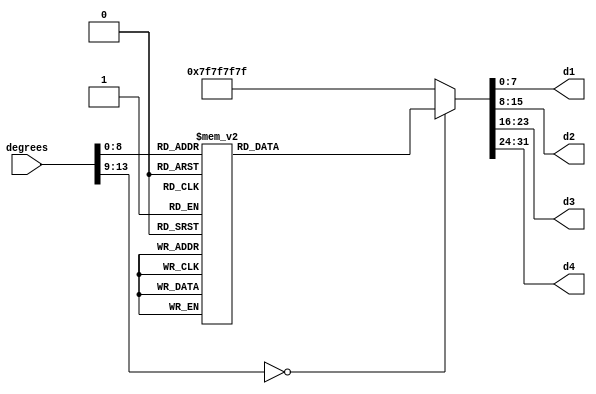
module cosine(degrees, d1, d2, d3, d4);  //   360 
	input [13:0] degrees;
	output reg [7:0] d1;
	output reg [7:0] d2;
	output reg [7:0] d3;
	output reg [7:0] d4;
	always @(degrees) begin
	case (degrees)
	   0: begin
    d1 = 8'b01001111;
    d2 = 8'b10000001;
    d3 = 8'b10000001;
    d4 = 8'b10000001;
    end
		1: begin
			 d1 = 8'b00000001;
			 d2 = 8'b10000100;
			 d3 = 8'b10000100;
			 d4 = 8'b10000100;
			 end
		2: begin
			 d1 = 8'b00000001;
			 d2 = 8'b10000100;
			 d3 = 8'b10000100;
			 d4 = 8'b10000100;
			 end
		3: begin
			 d1 = 8'b00000001;
			 d2 = 8'b10000100;
			 d3 = 8'b10000100;
			 d4 = 8'b10000100;
			 end
		4: begin
			 d1 = 8'b00000001;
			 d2 = 8'b10000100;
			 d3 = 8'b10000100;
			 d4 = 8'b10000000;
			 end
		5: begin
			 d1 = 8'b00000001;
			 d2 = 8'b10000100;
			 d3 = 8'b10000100;
			 d4 = 8'b10100000;
			 end
		6: begin
			 d1 = 8'b00000001;
			 d2 = 8'b10000100;
			 d3 = 8'b10000100;
			 d4 = 8'b10100100;
			 end
		7: begin
			 d1 = 8'b00000001;
			 d2 = 8'b10000100;
			 d3 = 8'b10000100;
			 d4 = 8'b10000110;
			 end
		8: begin
			 d1 = 8'b00000001;
			 d2 = 8'b10000100;
			 d3 = 8'b10000100;
			 d4 = 8'b10000001;
			 end
		9: begin
			 d1 = 8'b00000001;
			 d2 = 8'b10000100;
			 d3 = 8'b10000000;
			 d4 = 8'b10000000;
			 end
		10: begin
			 d1 = 8'b00000001;
			 d2 = 8'b10000100;
			 d3 = 8'b10000000;
			 d4 = 8'b10100100;
			 end
		11: begin
			 d1 = 8'b00000001;
			 d2 = 8'b10000100;
			 d3 = 8'b10000000;
			 d4 = 8'b10010010;
			 end
		12: begin
			 d1 = 8'b00000001;
			 d2 = 8'b10000100;
			 d3 = 8'b10001111;
			 d4 = 8'b10000000;
			 end
		13: begin
			 d1 = 8'b00000001;
			 d2 = 8'b10000100;
			 d3 = 8'b10001111;
			 d4 = 8'b11001100;
			 end
		14: begin
			 d1 = 8'b00000001;
			 d2 = 8'b10000100;
			 d3 = 8'b10001111;
			 d4 = 8'b10000001;
			 end
		15: begin
			 d1 = 8'b00000001;
			 d2 = 8'b10000100;
			 d3 = 8'b10100000;
			 d4 = 8'b10100000;
			 end
		16: begin
			 d1 = 8'b00000001;
			 d2 = 8'b10000100;
			 d3 = 8'b10100000;
			 d4 = 8'b11001111;
			 end
		17: begin
			 d1 = 8'b00000001;
			 d2 = 8'b10000100;
			 d3 = 8'b10100100;
			 d4 = 8'b10100000;
			 end
		18: begin
			 d1 = 8'b00000001;
			 d2 = 8'b10000100;
			 d3 = 8'b10100100;
			 d4 = 8'b11001111;
			 end
		19: begin
			 d1 = 8'b00000001;
			 d2 = 8'b10000100;
			 d3 = 8'b11001100;
			 d4 = 8'b10100000;
			 end
		20: begin
			 d1 = 8'b00000001;
			 d2 = 8'b10000100;
			 d3 = 8'b11001100;
			 d4 = 8'b10000001;
			 end
		21: begin
			 d1 = 8'b00000001;
			 d2 = 8'b10000100;
			 d3 = 8'b10000110;
			 d4 = 8'b11001100;
			 end
		22: begin
			 d1 = 8'b00000001;
			 d2 = 8'b10000100;
			 d3 = 8'b10010010;
			 d4 = 8'b10001111;
			 end
		23: begin
			 d1 = 8'b00000001;
			 d2 = 8'b10000100;
			 d3 = 8'b10010010;
			 d4 = 8'b11001111;
			 end
		24: begin
			 d1 = 8'b00000001;
			 d2 = 8'b10000100;
			 d3 = 8'b11001111;
			 d4 = 8'b11001100;
			 end
		25: begin
			 d1 = 8'b00000001;
			 d2 = 8'b10000100;
			 d3 = 8'b10000001;
			 d4 = 8'b10100000;
			 end
		26: begin
			 d1 = 8'b00000001;
			 d2 = 8'b10000000;
			 d3 = 8'b10000100;
			 d4 = 8'b10000100;
			 end
		27: begin
			 d1 = 8'b00000001;
			 d2 = 8'b10000000;
			 d3 = 8'b10000100;
			 d4 = 8'b11001111;
			 end
		28: begin
			 d1 = 8'b00000001;
			 d2 = 8'b10000000;
			 d3 = 8'b10000000;
			 d4 = 8'b10000110;
			 end
		29: begin
			 d1 = 8'b00000001;
			 d2 = 8'b10000000;
			 d3 = 8'b10001111;
			 d4 = 8'b10100100;
			 end
		30: begin
			 d1 = 8'b00000001;
			 d2 = 8'b10000000;
			 d3 = 8'b10100000;
			 d4 = 8'b10100000;
			 end
		31: begin
			 d1 = 8'b00000001;
			 d2 = 8'b10000000;
			 d3 = 8'b10100100;
			 d4 = 8'b10001111;
			 end
		32: begin
			 d1 = 8'b00000001;
			 d2 = 8'b10000000;
			 d3 = 8'b11001100;
			 d4 = 8'b10000000;
			 end
		33: begin
			 d1 = 8'b00000001;
			 d2 = 8'b10000000;
			 d3 = 8'b10000110;
			 d4 = 8'b10000100;
			 end
		34: begin
			 d1 = 8'b00000001;
			 d2 = 8'b10000000;
			 d3 = 8'b10010010;
			 d4 = 8'b10000100;
			 end
		35: begin
			 d1 = 8'b00000001;
			 d2 = 8'b10000000;
			 d3 = 8'b11001111;
			 d4 = 8'b10000100;
			 end
		36: begin
			 d1 = 8'b00000001;
			 d2 = 8'b10000000;
			 d3 = 8'b10000001;
			 d4 = 8'b10000100;
			 end
		37: begin
			 d1 = 8'b00000001;
			 d2 = 8'b10001111;
			 d3 = 8'b10000100;
			 d4 = 8'b10000100;
			 end
		38: begin
			 d1 = 8'b00000001;
			 d2 = 8'b10001111;
			 d3 = 8'b10000000;
			 d4 = 8'b10000000;
			 end
		39: begin
			 d1 = 8'b00000001;
			 d2 = 8'b10001111;
			 d3 = 8'b10001111;
			 d4 = 8'b10001111;
			 end
		40: begin
			 d1 = 8'b00000001;
			 d2 = 8'b10001111;
			 d3 = 8'b10100000;
			 d4 = 8'b10100000;
			 end
		41: begin
			 d1 = 8'b00000001;
			 d2 = 8'b10001111;
			 d3 = 8'b10100100;
			 d4 = 8'b10100100;
			 end
		42: begin
			 d1 = 8'b00000001;
			 d2 = 8'b10001111;
			 d3 = 8'b11001100;
			 d4 = 8'b10000110;
			 end
		43: begin
			 d1 = 8'b00000001;
			 d2 = 8'b10001111;
			 d3 = 8'b10000110;
			 d4 = 8'b11001111;
			 end
		44: begin
			 d1 = 8'b00000001;
			 d2 = 8'b10001111;
			 d3 = 8'b11001111;
			 d4 = 8'b10000100;
			 end
		45: begin
			 d1 = 8'b00000001;
			 d2 = 8'b10001111;
			 d3 = 8'b10000001;
			 d4 = 8'b10001111;
			 end
		46: begin
			 d1 = 8'b00000001;
			 d2 = 8'b10100000;
			 d3 = 8'b10000100;
			 d4 = 8'b10100100;
			 end
		47: begin
			 d1 = 8'b00000001;
			 d2 = 8'b10100000;
			 d3 = 8'b10000000;
			 d4 = 8'b10010010;
			 end
		48: begin
			 d1 = 8'b00000001;
			 d2 = 8'b10100000;
			 d3 = 8'b10100000;
			 d4 = 8'b10000100;
			 end
		49: begin
			 d1 = 8'b00000001;
			 d2 = 8'b10100000;
			 d3 = 8'b10100100;
			 d4 = 8'b10100000;
			 end
		50: begin
			 d1 = 8'b00000001;
			 d2 = 8'b10100000;
			 d3 = 8'b11001100;
			 d4 = 8'b10000110;
			 end
		51: begin
			 d1 = 8'b00000001;
			 d2 = 8'b10100000;
			 d3 = 8'b10010010;
			 d4 = 8'b10000100;
			 end
		52: begin
			 d1 = 8'b00000001;
			 d2 = 8'b10100000;
			 d3 = 8'b11001111;
			 d4 = 8'b10100000;
			 end
		53: begin
			 d1 = 8'b00000001;
			 d2 = 8'b10100000;
			 d3 = 8'b10000001;
			 d4 = 8'b10010010;
			 end
		54: begin
			 d1 = 8'b00000001;
			 d2 = 8'b10100100;
			 d3 = 8'b10000000;
			 d4 = 8'b10000000;
			 end
		55: begin
			 d1 = 8'b00000001;
			 d2 = 8'b10100100;
			 d3 = 8'b10001111;
			 d4 = 8'b11001100;
			 end
		56: begin
			 d1 = 8'b00000001;
			 d2 = 8'b10100100;
			 d3 = 8'b10100100;
			 d4 = 8'b10000100;
			 end
		57: begin
			 d1 = 8'b00000001;
			 d2 = 8'b10100100;
			 d3 = 8'b11001100;
			 d4 = 8'b10100100;
			 end
		58: begin
			 d1 = 8'b00000001;
			 d2 = 8'b10100100;
			 d3 = 8'b10000110;
			 d4 = 8'b10000001;
			 end
		59: begin
			 d1 = 8'b00000001;
			 d2 = 8'b10100100;
			 d3 = 8'b11001111;
			 d4 = 8'b10100100;
			 end
		60: begin
			 d1 = 8'b00000001;
			 d2 = 8'b10100100;
			 d3 = 8'b10000001;
			 d4 = 8'b10000001;
			 end
		61: begin
			 d1 = 8'b00000001;
			 d2 = 8'b11001100;
			 d3 = 8'b10000000;
			 d4 = 8'b10100100;
			 end
		62: begin
			 d1 = 8'b00000001;
			 d2 = 8'b11001100;
			 d3 = 8'b10100000;
			 d4 = 8'b10000100;
			 end
		63: begin
			 d1 = 8'b00000001;
			 d2 = 8'b11001100;
			 d3 = 8'b10100100;
			 d4 = 8'b11001100;
			 end
		64: begin
			 d1 = 8'b00000001;
			 d2 = 8'b11001100;
			 d3 = 8'b10000110;
			 d4 = 8'b10000000;
			 end
		65: begin
			 d1 = 8'b00000001;
			 d2 = 8'b11001100;
			 d3 = 8'b10010010;
			 d4 = 8'b10000110;
			 end
		66: begin
			 d1 = 8'b00000001;
			 d2 = 8'b11001100;
			 d3 = 8'b10000001;
			 d4 = 8'b10001111;
			 end
		67: begin
			 d1 = 8'b00000001;
			 d2 = 8'b10000110;
			 d3 = 8'b10000100;
			 d4 = 8'b11001111;
			 end
		68: begin
			 d1 = 8'b00000001;
			 d2 = 8'b10000110;
			 d3 = 8'b10001111;
			 d4 = 8'b10100100;
			 end
		69: begin
			 d1 = 8'b00000001;
			 d2 = 8'b10000110;
			 d3 = 8'b10100100;
			 d4 = 8'b10000000;
			 end
		70: begin
			 d1 = 8'b00000001;
			 d2 = 8'b10000110;
			 d3 = 8'b11001100;
			 d4 = 8'b10010010;
			 end
		71: begin
			 d1 = 8'b00000001;
			 d2 = 8'b10000110;
			 d3 = 8'b10010010;
			 d4 = 8'b10100000;
			 end
		72: begin
			 d1 = 8'b00000001;
			 d2 = 8'b10000110;
			 d3 = 8'b10000001;
			 d4 = 8'b10000100;
			 end
		73: begin
			 d1 = 8'b00000001;
			 d2 = 8'b10010010;
			 d3 = 8'b10000100;
			 d4 = 8'b10010010;
			 end
		74: begin
			 d1 = 8'b00000001;
			 d2 = 8'b10010010;
			 d3 = 8'b10001111;
			 d4 = 8'b10100000;
			 end
		75: begin
			 d1 = 8'b00000001;
			 d2 = 8'b10010010;
			 d3 = 8'b10100100;
			 d4 = 8'b10000100;
			 end
		76: begin
			 d1 = 8'b00000001;
			 d2 = 8'b10010010;
			 d3 = 8'b11001100;
			 d4 = 8'b10010010;
			 end
		77: begin
			 d1 = 8'b00000001;
			 d2 = 8'b10010010;
			 d3 = 8'b10010010;
			 d4 = 8'b10100100;
			 end
		78: begin
			 d1 = 8'b00000001;
			 d2 = 8'b10010010;
			 d3 = 8'b10000001;
			 d4 = 8'b10000000;
			 end
		79: begin
			 d1 = 8'b00000001;
			 d2 = 8'b11001111;
			 d3 = 8'b10000100;
			 d4 = 8'b11001111;
			 end
		80: begin
			 d1 = 8'b00000001;
			 d2 = 8'b11001111;
			 d3 = 8'b10001111;
			 d4 = 8'b11001100;
			 end
		81: begin
			 d1 = 8'b00000001;
			 d2 = 8'b11001111;
			 d3 = 8'b10100100;
			 d4 = 8'b10100000;
			 end
		82: begin
			 d1 = 8'b00000001;
			 d2 = 8'b11001111;
			 d3 = 8'b10000110;
			 d4 = 8'b10000100;
			 end
		83: begin
			 d1 = 8'b00000001;
			 d2 = 8'b11001111;
			 d3 = 8'b10010010;
			 d4 = 8'b10010010;
			 end
		84: begin
			 d1 = 8'b00000001;
			 d2 = 8'b11001111;
			 d3 = 8'b10000001;
			 d4 = 8'b10100100;
			 end
		85: begin
			 d1 = 8'b00000001;
			 d2 = 8'b10000001;
			 d3 = 8'b10000000;
			 d4 = 8'b10001111;
			 end
		86: begin
			 d1 = 8'b00000001;
			 d2 = 8'b10000001;
			 d3 = 8'b10001111;
			 d4 = 8'b10000001;
			 end
		87: begin
			 d1 = 8'b00000001;
			 d2 = 8'b10000001;
			 d3 = 8'b10100100;
			 d4 = 8'b10010010;
			 end
		88: begin
			 d1 = 8'b00000001;
			 d2 = 8'b10000001;
			 d3 = 8'b10000110;
			 d4 = 8'b10100100;
			 end
		89: begin
			 d1 = 8'b00000001;
			 d2 = 8'b10000001;
			 d3 = 8'b11001111;
			 d4 = 8'b10001111;
			 end
		90: begin
			 d1 = 8'b00000001;
			 d2 = 8'b10000001;
			 d3 = 8'b10000001;
			 d4 = 8'b10000001;
			 end
		91: begin
			 d1 = 8'b01111110;
			 d2 = 8'b10000001;
			 d3 = 8'b11001111;
			 d4 = 8'b10001111;
			 end
		92: begin
			 d1 = 8'b01111110;
			 d2 = 8'b10000001;
			 d3 = 8'b10000110;
			 d4 = 8'b10100100;
			 end
		93: begin
			 d1 = 8'b01111110;
			 d2 = 8'b10000001;
			 d3 = 8'b10100100;
			 d4 = 8'b10010010;
			 end
		94: begin
			 d1 = 8'b01111110;
			 d2 = 8'b10000001;
			 d3 = 8'b10001111;
			 d4 = 8'b10000001;
			 end
		95: begin
			 d1 = 8'b01111110;
			 d2 = 8'b10000001;
			 d3 = 8'b10000000;
			 d4 = 8'b10001111;
			 end
		96: begin
			 d1 = 8'b01111110;
			 d2 = 8'b11001111;
			 d3 = 8'b10000001;
			 d4 = 8'b10100100;
			 end
		97: begin
			 d1 = 8'b01111110;
			 d2 = 8'b11001111;
			 d3 = 8'b10010010;
			 d4 = 8'b10010010;
			 end
		98: begin
			 d1 = 8'b01111110;
			 d2 = 8'b11001111;
			 d3 = 8'b10000110;
			 d4 = 8'b10000100;
			 end
		99: begin
			 d1 = 8'b01111110;
			 d2 = 8'b11001111;
			 d3 = 8'b10100100;
			 d4 = 8'b10100000;
			 end
		100: begin
			 d1 = 8'b01111110;
			 d2 = 8'b11001111;
			 d3 = 8'b10001111;
			 d4 = 8'b11001100;
			 end
		101: begin
			 d1 = 8'b01111110;
			 d2 = 8'b11001111;
			 d3 = 8'b10000100;
			 d4 = 8'b11001111;
			 end
		102: begin
			 d1 = 8'b01111110;
			 d2 = 8'b10010010;
			 d3 = 8'b10000001;
			 d4 = 8'b10000000;
			 end
		103: begin
			 d1 = 8'b01111110;
			 d2 = 8'b10010010;
			 d3 = 8'b10010010;
			 d4 = 8'b10100100;
			 end
		104: begin
			 d1 = 8'b01111110;
			 d2 = 8'b10010010;
			 d3 = 8'b11001100;
			 d4 = 8'b10010010;
			 end
		105: begin
			 d1 = 8'b01111110;
			 d2 = 8'b10010010;
			 d3 = 8'b10100100;
			 d4 = 8'b10000100;
			 end
		106: begin
			 d1 = 8'b01111110;
			 d2 = 8'b10010010;
			 d3 = 8'b10001111;
			 d4 = 8'b10100000;
			 end
		107: begin
			 d1 = 8'b01111110;
			 d2 = 8'b10010010;
			 d3 = 8'b10000100;
			 d4 = 8'b10010010;
			 end
		108: begin
			 d1 = 8'b01111110;
			 d2 = 8'b10000110;
			 d3 = 8'b10000001;
			 d4 = 8'b10000100;
			 end
		109: begin
			 d1 = 8'b01111110;
			 d2 = 8'b10000110;
			 d3 = 8'b10010010;
			 d4 = 8'b10100000;
			 end
		110: begin
			 d1 = 8'b01111110;
			 d2 = 8'b10000110;
			 d3 = 8'b11001100;
			 d4 = 8'b10010010;
			 end
		111: begin
			 d1 = 8'b01111110;
			 d2 = 8'b10000110;
			 d3 = 8'b10100100;
			 d4 = 8'b10000000;
			 end
		112: begin
			 d1 = 8'b01111110;
			 d2 = 8'b10000110;
			 d3 = 8'b10001111;
			 d4 = 8'b10100100;
			 end
		113: begin
			 d1 = 8'b01111110;
			 d2 = 8'b10000110;
			 d3 = 8'b10000100;
			 d4 = 8'b11001111;
			 end
		114: begin
			 d1 = 8'b01111110;
			 d2 = 8'b11001100;
			 d3 = 8'b10000001;
			 d4 = 8'b10001111;
			 end
		115: begin
			 d1 = 8'b01111110;
			 d2 = 8'b11001100;
			 d3 = 8'b10010010;
			 d4 = 8'b10000110;
			 end
		116: begin
			 d1 = 8'b01111110;
			 d2 = 8'b11001100;
			 d3 = 8'b10000110;
			 d4 = 8'b10000000;
			 end
		117: begin
			 d1 = 8'b01111110;
			 d2 = 8'b11001100;
			 d3 = 8'b10100100;
			 d4 = 8'b11001100;
			 end
		118: begin
			 d1 = 8'b01111110;
			 d2 = 8'b11001100;
			 d3 = 8'b10100000;
			 d4 = 8'b10000100;
			 end
		119: begin
			 d1 = 8'b01111110;
			 d2 = 8'b11001100;
			 d3 = 8'b10000000;
			 d4 = 8'b10100100;
			 end
		120: begin
			 d1 = 8'b01111110;
			 d2 = 8'b10100100;
			 d3 = 8'b10000001;
			 d4 = 8'b10000001;
			 end
		121: begin
			 d1 = 8'b01111110;
			 d2 = 8'b10100100;
			 d3 = 8'b11001111;
			 d4 = 8'b10100100;
			 end
		122: begin
			 d1 = 8'b01111110;
			 d2 = 8'b10100100;
			 d3 = 8'b10000110;
			 d4 = 8'b10000001;
			 end
		123: begin
			 d1 = 8'b01111110;
			 d2 = 8'b10100100;
			 d3 = 8'b11001100;
			 d4 = 8'b10100100;
			 end
		124: begin
			 d1 = 8'b01111110;
			 d2 = 8'b10100100;
			 d3 = 8'b10100100;
			 d4 = 8'b10000100;
			 end
		125: begin
			 d1 = 8'b01111110;
			 d2 = 8'b10100100;
			 d3 = 8'b10001111;
			 d4 = 8'b11001100;
			 end
		126: begin
			 d1 = 8'b01111110;
			 d2 = 8'b10100100;
			 d3 = 8'b10000000;
			 d4 = 8'b10000000;
			 end
		127: begin
			 d1 = 8'b01111110;
			 d2 = 8'b10100000;
			 d3 = 8'b10000001;
			 d4 = 8'b10010010;
			 end
		128: begin
			 d1 = 8'b01111110;
			 d2 = 8'b10100000;
			 d3 = 8'b11001111;
			 d4 = 8'b10100000;
			 end
		129: begin
			 d1 = 8'b01111110;
			 d2 = 8'b10100000;
			 d3 = 8'b10010010;
			 d4 = 8'b10000100;
			 end
		130: begin
			 d1 = 8'b01111110;
			 d2 = 8'b10100000;
			 d3 = 8'b11001100;
			 d4 = 8'b10000110;
			 end
		131: begin
			 d1 = 8'b01111110;
			 d2 = 8'b10100000;
			 d3 = 8'b10100100;
			 d4 = 8'b10100000;
			 end
		132: begin
			 d1 = 8'b01111110;
			 d2 = 8'b10100000;
			 d3 = 8'b10100000;
			 d4 = 8'b10000100;
			 end
		133: begin
			 d1 = 8'b01111110;
			 d2 = 8'b10100000;
			 d3 = 8'b10000000;
			 d4 = 8'b10010010;
			 end
		134: begin
			 d1 = 8'b01111110;
			 d2 = 8'b10100000;
			 d3 = 8'b10000100;
			 d4 = 8'b10100100;
			 end
		135: begin
			 d1 = 8'b01111110;
			 d2 = 8'b10001111;
			 d3 = 8'b10000001;
			 d4 = 8'b10001111;
			 end
		136: begin
			 d1 = 8'b01111110;
			 d2 = 8'b10001111;
			 d3 = 8'b11001111;
			 d4 = 8'b10000100;
			 end
		137: begin
			 d1 = 8'b01111110;
			 d2 = 8'b10001111;
			 d3 = 8'b10000110;
			 d4 = 8'b11001111;
			 end
		138: begin
			 d1 = 8'b01111110;
			 d2 = 8'b10001111;
			 d3 = 8'b11001100;
			 d4 = 8'b10000110;
			 end
		139: begin
			 d1 = 8'b01111110;
			 d2 = 8'b10001111;
			 d3 = 8'b10100100;
			 d4 = 8'b10100100;
			 end
		140: begin
			 d1 = 8'b01111110;
			 d2 = 8'b10001111;
			 d3 = 8'b10100000;
			 d4 = 8'b10100000;
			 end
		141: begin
			 d1 = 8'b01111110;
			 d2 = 8'b10001111;
			 d3 = 8'b10001111;
			 d4 = 8'b10001111;
			 end
		142: begin
			 d1 = 8'b01111110;
			 d2 = 8'b10001111;
			 d3 = 8'b10000000;
			 d4 = 8'b10000000;
			 end
		143: begin
			 d1 = 8'b01111110;
			 d2 = 8'b10001111;
			 d3 = 8'b10000100;
			 d4 = 8'b10000100;
			 end
		144: begin
			 d1 = 8'b01111110;
			 d2 = 8'b10000000;
			 d3 = 8'b10000001;
			 d4 = 8'b10000100;
			 end
		145: begin
			 d1 = 8'b01111110;
			 d2 = 8'b10000000;
			 d3 = 8'b11001111;
			 d4 = 8'b10000100;
			 end
		146: begin
			 d1 = 8'b01111110;
			 d2 = 8'b10000000;
			 d3 = 8'b10010010;
			 d4 = 8'b10000100;
			 end
		147: begin
			 d1 = 8'b01111110;
			 d2 = 8'b10000000;
			 d3 = 8'b10000110;
			 d4 = 8'b10000100;
			 end
		148: begin
			 d1 = 8'b01111110;
			 d2 = 8'b10000000;
			 d3 = 8'b11001100;
			 d4 = 8'b10000000;
			 end
		149: begin
			 d1 = 8'b01111110;
			 d2 = 8'b10000000;
			 d3 = 8'b10100100;
			 d4 = 8'b10001111;
			 end
		150: begin
			 d1 = 8'b01111110;
			 d2 = 8'b10000000;
			 d3 = 8'b10100000;
			 d4 = 8'b10100000;
			 end
		151: begin
			 d1 = 8'b01111110;
			 d2 = 8'b10000000;
			 d3 = 8'b10001111;
			 d4 = 8'b10100100;
			 end
		152: begin
			 d1 = 8'b01111110;
			 d2 = 8'b10000000;
			 d3 = 8'b10000000;
			 d4 = 8'b10000110;
			 end
		153: begin
			 d1 = 8'b01111110;
			 d2 = 8'b10000000;
			 d3 = 8'b10000100;
			 d4 = 8'b11001111;
			 end
		154: begin
			 d1 = 8'b01111110;
			 d2 = 8'b10000000;
			 d3 = 8'b10000100;
			 d4 = 8'b10000100;
			 end
		155: begin
			 d1 = 8'b01111110;
			 d2 = 8'b10000100;
			 d3 = 8'b10000001;
			 d4 = 8'b10100000;
			 end
		156: begin
			 d1 = 8'b01111110;
			 d2 = 8'b10000100;
			 d3 = 8'b11001111;
			 d4 = 8'b11001100;
			 end
		157: begin
			 d1 = 8'b01111110;
			 d2 = 8'b10000100;
			 d3 = 8'b10010010;
			 d4 = 8'b11001111;
			 end
		158: begin
			 d1 = 8'b01111110;
			 d2 = 8'b10000100;
			 d3 = 8'b10010010;
			 d4 = 8'b10001111;
			 end
		159: begin
			 d1 = 8'b01111110;
			 d2 = 8'b10000100;
			 d3 = 8'b10000110;
			 d4 = 8'b11001100;
			 end
		160: begin
			 d1 = 8'b01111110;
			 d2 = 8'b10000100;
			 d3 = 8'b11001100;
			 d4 = 8'b10000001;
			 end
		161: begin
			 d1 = 8'b01111110;
			 d2 = 8'b10000100;
			 d3 = 8'b11001100;
			 d4 = 8'b10100000;
			 end
		162: begin
			 d1 = 8'b01111110;
			 d2 = 8'b10000100;
			 d3 = 8'b10100100;
			 d4 = 8'b11001111;
			 end
		163: begin
			 d1 = 8'b01111110;
			 d2 = 8'b10000100;
			 d3 = 8'b10100100;
			 d4 = 8'b10100000;
			 end
		164: begin
			 d1 = 8'b01111110;
			 d2 = 8'b10000100;
			 d3 = 8'b10100000;
			 d4 = 8'b11001111;
			 end
		165: begin
			 d1 = 8'b01111110;
			 d2 = 8'b10000100;
			 d3 = 8'b10100000;
			 d4 = 8'b10100000;
			 end
		166: begin
			 d1 = 8'b01111110;
			 d2 = 8'b10000100;
			 d3 = 8'b10001111;
			 d4 = 8'b10000001;
			 end
		167: begin
			 d1 = 8'b01111110;
			 d2 = 8'b10000100;
			 d3 = 8'b10001111;
			 d4 = 8'b11001100;
			 end
		168: begin
			 d1 = 8'b01111110;
			 d2 = 8'b10000100;
			 d3 = 8'b10001111;
			 d4 = 8'b10000000;
			 end
		169: begin
			 d1 = 8'b01111110;
			 d2 = 8'b10000100;
			 d3 = 8'b10000000;
			 d4 = 8'b10010010;
			 end
		170: begin
			 d1 = 8'b01111110;
			 d2 = 8'b10000100;
			 d3 = 8'b10000000;
			 d4 = 8'b10100100;
			 end
		171: begin
			 d1 = 8'b01111110;
			 d2 = 8'b10000100;
			 d3 = 8'b10000000;
			 d4 = 8'b10000000;
			 end
		172: begin
			 d1 = 8'b01111110;
			 d2 = 8'b10000100;
			 d3 = 8'b10000100;
			 d4 = 8'b10000001;
			 end
		173: begin
			 d1 = 8'b01111110;
			 d2 = 8'b10000100;
			 d3 = 8'b10000100;
			 d4 = 8'b10000110;
			 end
		174: begin
			 d1 = 8'b01111110;
			 d2 = 8'b10000100;
			 d3 = 8'b10000100;
			 d4 = 8'b10100100;
			 end
		175: begin
			 d1 = 8'b01111110;
			 d2 = 8'b10000100;
			 d3 = 8'b10000100;
			 d4 = 8'b10100000;
			 end
		176: begin
			 d1 = 8'b01111110;
			 d2 = 8'b10000100;
			 d3 = 8'b10000100;
			 d4 = 8'b10000000;
			 end
		177: begin
			 d1 = 8'b01111110;
			 d2 = 8'b10000100;
			 d3 = 8'b10000100;
			 d4 = 8'b10000100;
			 end
		178: begin
			 d1 = 8'b01111110;
			 d2 = 8'b10000100;
			 d3 = 8'b10000100;
			 d4 = 8'b10000100;
			 end
		179: begin
			 d1 = 8'b01111110;
			 d2 = 8'b10000100;
			 d3 = 8'b10000100;
			 d4 = 8'b10000100;
			 end
		180: begin
			 d1 = 8'b01001110;
			 d2 = 8'b10000001;
			 d3 = 8'b10000001;
			 d4 = 8'b10000001;
			 end
		181: begin
			 d1 = 8'b01111110;
			 d2 = 8'b10000100;
			 d3 = 8'b10000100;
			 d4 = 8'b10000100;
			 end
		182: begin
			 d1 = 8'b01111110;
			 d2 = 8'b10000100;
			 d3 = 8'b10000100;
			 d4 = 8'b10000100;
			 end
		183: begin
			 d1 = 8'b01111110;
			 d2 = 8'b10000100;
			 d3 = 8'b10000100;
			 d4 = 8'b10000100;
			 end
		184: begin
			 d1 = 8'b01111110;
			 d2 = 8'b10000100;
			 d3 = 8'b10000100;
			 d4 = 8'b10000000;
			 end
		185: begin
			 d1 = 8'b01111110;
			 d2 = 8'b10000100;
			 d3 = 8'b10000100;
			 d4 = 8'b10100000;
			 end
		186: begin
			 d1 = 8'b01111110;
			 d2 = 8'b10000100;
			 d3 = 8'b10000100;
			 d4 = 8'b10100100;
			 end
		187: begin
			 d1 = 8'b01111110;
			 d2 = 8'b10000100;
			 d3 = 8'b10000100;
			 d4 = 8'b10000110;
			 end
		188: begin
			 d1 = 8'b01111110;
			 d2 = 8'b10000100;
			 d3 = 8'b10000100;
			 d4 = 8'b10000001;
			 end
		189: begin
			 d1 = 8'b01111110;
			 d2 = 8'b10000100;
			 d3 = 8'b10000000;
			 d4 = 8'b10000000;
			 end
		190: begin
			 d1 = 8'b01111110;
			 d2 = 8'b10000100;
			 d3 = 8'b10000000;
			 d4 = 8'b10100100;
			 end
		191: begin
			 d1 = 8'b01111110;
			 d2 = 8'b10000100;
			 d3 = 8'b10000000;
			 d4 = 8'b10010010;
			 end
		192: begin
			 d1 = 8'b01111110;
			 d2 = 8'b10000100;
			 d3 = 8'b10001111;
			 d4 = 8'b10000000;
			 end
		193: begin
			 d1 = 8'b01111110;
			 d2 = 8'b10000100;
			 d3 = 8'b10001111;
			 d4 = 8'b11001100;
			 end
		194: begin
			 d1 = 8'b01111110;
			 d2 = 8'b10000100;
			 d3 = 8'b10001111;
			 d4 = 8'b10000001;
			 end
		195: begin
			 d1 = 8'b01111110;
			 d2 = 8'b10000100;
			 d3 = 8'b10100000;
			 d4 = 8'b10100000;
			 end
		196: begin
			 d1 = 8'b01111110;
			 d2 = 8'b10000100;
			 d3 = 8'b10100000;
			 d4 = 8'b11001111;
			 end
		197: begin
			 d1 = 8'b01111110;
			 d2 = 8'b10000100;
			 d3 = 8'b10100100;
			 d4 = 8'b10100000;
			 end
		198: begin
			 d1 = 8'b01111110;
			 d2 = 8'b10000100;
			 d3 = 8'b10100100;
			 d4 = 8'b11001111;
			 end
		199: begin
			 d1 = 8'b01111110;
			 d2 = 8'b10000100;
			 d3 = 8'b11001100;
			 d4 = 8'b10100000;
			 end
		200: begin
			 d1 = 8'b01111110;
			 d2 = 8'b10000100;
			 d3 = 8'b11001100;
			 d4 = 8'b10000001;
			 end
		201: begin
			 d1 = 8'b01111110;
			 d2 = 8'b10000100;
			 d3 = 8'b10000110;
			 d4 = 8'b11001100;
			 end
		202: begin
			 d1 = 8'b01111110;
			 d2 = 8'b10000100;
			 d3 = 8'b10010010;
			 d4 = 8'b10001111;
			 end
		203: begin
			 d1 = 8'b01111110;
			 d2 = 8'b10000100;
			 d3 = 8'b10010010;
			 d4 = 8'b11001111;
			 end
		204: begin
			 d1 = 8'b01111110;
			 d2 = 8'b10000100;
			 d3 = 8'b11001111;
			 d4 = 8'b11001100;
			 end
		205: begin
			 d1 = 8'b01111110;
			 d2 = 8'b10000100;
			 d3 = 8'b10000001;
			 d4 = 8'b10100000;
			 end
		206: begin
			 d1 = 8'b01111110;
			 d2 = 8'b10000000;
			 d3 = 8'b10000100;
			 d4 = 8'b10000100;
			 end
		207: begin
			 d1 = 8'b01111110;
			 d2 = 8'b10000000;
			 d3 = 8'b10000100;
			 d4 = 8'b11001111;
			 end
		208: begin
			 d1 = 8'b01111110;
			 d2 = 8'b10000000;
			 d3 = 8'b10000000;
			 d4 = 8'b10000110;
			 end
		209: begin
			 d1 = 8'b01111110;
			 d2 = 8'b10000000;
			 d3 = 8'b10001111;
			 d4 = 8'b10100100;
			 end
		210: begin
			 d1 = 8'b01111110;
			 d2 = 8'b10000000;
			 d3 = 8'b10100000;
			 d4 = 8'b10100000;
			 end
		211: begin
			 d1 = 8'b01111110;
			 d2 = 8'b10000000;
			 d3 = 8'b10100100;
			 d4 = 8'b10001111;
			 end
		212: begin
			 d1 = 8'b01111110;
			 d2 = 8'b10000000;
			 d3 = 8'b11001100;
			 d4 = 8'b10000000;
			 end
		213: begin
			 d1 = 8'b01111110;
			 d2 = 8'b10000000;
			 d3 = 8'b10000110;
			 d4 = 8'b10000100;
			 end
		214: begin
			 d1 = 8'b01111110;
			 d2 = 8'b10000000;
			 d3 = 8'b10010010;
			 d4 = 8'b10000100;
			 end
		215: begin
			 d1 = 8'b01111110;
			 d2 = 8'b10000000;
			 d3 = 8'b11001111;
			 d4 = 8'b10000100;
			 end
		216: begin
			 d1 = 8'b01111110;
			 d2 = 8'b10000000;
			 d3 = 8'b10000001;
			 d4 = 8'b10000100;
			 end
		217: begin
			 d1 = 8'b01111110;
			 d2 = 8'b10001111;
			 d3 = 8'b10000100;
			 d4 = 8'b10000100;
			 end
		218: begin
			 d1 = 8'b01111110;
			 d2 = 8'b10001111;
			 d3 = 8'b10000000;
			 d4 = 8'b10000000;
			 end
		219: begin
			 d1 = 8'b01111110;
			 d2 = 8'b10001111;
			 d3 = 8'b10001111;
			 d4 = 8'b10001111;
			 end
		220: begin
			 d1 = 8'b01111110;
			 d2 = 8'b10001111;
			 d3 = 8'b10100000;
			 d4 = 8'b10100000;
			 end
		221: begin
			 d1 = 8'b01111110;
			 d2 = 8'b10001111;
			 d3 = 8'b10100100;
			 d4 = 8'b10100100;
			 end
		222: begin
			 d1 = 8'b01111110;
			 d2 = 8'b10001111;
			 d3 = 8'b11001100;
			 d4 = 8'b10000110;
			 end
		223: begin
			 d1 = 8'b01111110;
			 d2 = 8'b10001111;
			 d3 = 8'b10000110;
			 d4 = 8'b11001111;
			 end
		224: begin
			 d1 = 8'b01111110;
			 d2 = 8'b10001111;
			 d3 = 8'b11001111;
			 d4 = 8'b10000100;
			 end
		225: begin
			 d1 = 8'b01111110;
			 d2 = 8'b10001111;
			 d3 = 8'b10000001;
			 d4 = 8'b10001111;
			 end
		226: begin
			 d1 = 8'b01111110;
			 d2 = 8'b10100000;
			 d3 = 8'b10000100;
			 d4 = 8'b10100100;
			 end
		227: begin
			 d1 = 8'b01111110;
			 d2 = 8'b10100000;
			 d3 = 8'b10000000;
			 d4 = 8'b10010010;
			 end
		228: begin
			 d1 = 8'b01111110;
			 d2 = 8'b10100000;
			 d3 = 8'b10100000;
			 d4 = 8'b10000100;
			 end
		229: begin
			 d1 = 8'b01111110;
			 d2 = 8'b10100000;
			 d3 = 8'b10100100;
			 d4 = 8'b10100000;
			 end
		230: begin
			 d1 = 8'b01111110;
			 d2 = 8'b10100000;
			 d3 = 8'b11001100;
			 d4 = 8'b10000110;
			 end
		231: begin
			 d1 = 8'b01111110;
			 d2 = 8'b10100000;
			 d3 = 8'b10010010;
			 d4 = 8'b10000100;
			 end
		232: begin
			 d1 = 8'b01111110;
			 d2 = 8'b10100000;
			 d3 = 8'b11001111;
			 d4 = 8'b10100000;
			 end
		233: begin
			 d1 = 8'b01111110;
			 d2 = 8'b10100000;
			 d3 = 8'b10000001;
			 d4 = 8'b10010010;
			 end
		234: begin
			 d1 = 8'b01111110;
			 d2 = 8'b10100100;
			 d3 = 8'b10000000;
			 d4 = 8'b10000000;
			 end
		235: begin
			 d1 = 8'b01111110;
			 d2 = 8'b10100100;
			 d3 = 8'b10001111;
			 d4 = 8'b11001100;
			 end
		236: begin
			 d1 = 8'b01111110;
			 d2 = 8'b10100100;
			 d3 = 8'b10100100;
			 d4 = 8'b10000100;
			 end
		237: begin
			 d1 = 8'b01111110;
			 d2 = 8'b10100100;
			 d3 = 8'b11001100;
			 d4 = 8'b10100100;
			 end
		238: begin
			 d1 = 8'b01111110;
			 d2 = 8'b10100100;
			 d3 = 8'b10000110;
			 d4 = 8'b10000001;
			 end
		239: begin
			 d1 = 8'b01111110;
			 d2 = 8'b10100100;
			 d3 = 8'b11001111;
			 d4 = 8'b10100100;
			 end
		240: begin
			 d1 = 8'b01111110;
			 d2 = 8'b10100100;
			 d3 = 8'b10000001;
			 d4 = 8'b10000001;
			 end
		241: begin
			 d1 = 8'b01111110;
			 d2 = 8'b11001100;
			 d3 = 8'b10000000;
			 d4 = 8'b10100100;
			 end
		242: begin
			 d1 = 8'b01111110;
			 d2 = 8'b11001100;
			 d3 = 8'b10100000;
			 d4 = 8'b10000100;
			 end
		243: begin
			 d1 = 8'b01111110;
			 d2 = 8'b11001100;
			 d3 = 8'b10100100;
			 d4 = 8'b11001100;
			 end
		244: begin
			 d1 = 8'b01111110;
			 d2 = 8'b11001100;
			 d3 = 8'b10000110;
			 d4 = 8'b10000000;
			 end
		245: begin
			 d1 = 8'b01111110;
			 d2 = 8'b11001100;
			 d3 = 8'b10010010;
			 d4 = 8'b10000110;
			 end
		246: begin
			 d1 = 8'b01111110;
			 d2 = 8'b11001100;
			 d3 = 8'b10000001;
			 d4 = 8'b10001111;
			 end
		247: begin
			 d1 = 8'b01111110;
			 d2 = 8'b10000110;
			 d3 = 8'b10000100;
			 d4 = 8'b11001111;
			 end
		248: begin
			 d1 = 8'b01111110;
			 d2 = 8'b10000110;
			 d3 = 8'b10001111;
			 d4 = 8'b10100100;
			 end
		249: begin
			 d1 = 8'b01111110;
			 d2 = 8'b10000110;
			 d3 = 8'b10100100;
			 d4 = 8'b10000000;
			 end
		250: begin
			 d1 = 8'b01111110;
			 d2 = 8'b10000110;
			 d3 = 8'b11001100;
			 d4 = 8'b10010010;
			 end
		251: begin
			 d1 = 8'b01111110;
			 d2 = 8'b10000110;
			 d3 = 8'b10010010;
			 d4 = 8'b10100000;
			 end
		252: begin
			 d1 = 8'b01111110;
			 d2 = 8'b10000110;
			 d3 = 8'b10000001;
			 d4 = 8'b10000100;
			 end
		253: begin
			 d1 = 8'b01111110;
			 d2 = 8'b10010010;
			 d3 = 8'b10000100;
			 d4 = 8'b10010010;
			 end
		254: begin
			 d1 = 8'b01111110;
			 d2 = 8'b10010010;
			 d3 = 8'b10001111;
			 d4 = 8'b10100000;
			 end
		255: begin
			 d1 = 8'b01111110;
			 d2 = 8'b10010010;
			 d3 = 8'b10100100;
			 d4 = 8'b10000100;
			 end
		256: begin
			 d1 = 8'b01111110;
			 d2 = 8'b10010010;
			 d3 = 8'b11001100;
			 d4 = 8'b10010010;
			 end
		257: begin
			 d1 = 8'b01111110;
			 d2 = 8'b10010010;
			 d3 = 8'b10010010;
			 d4 = 8'b10100100;
			 end
		258: begin
			 d1 = 8'b01111110;
			 d2 = 8'b10010010;
			 d3 = 8'b10000001;
			 d4 = 8'b10000000;
			 end
		259: begin
			 d1 = 8'b01111110;
			 d2 = 8'b11001111;
			 d3 = 8'b10000100;
			 d4 = 8'b11001111;
			 end
		260: begin
			 d1 = 8'b01111110;
			 d2 = 8'b11001111;
			 d3 = 8'b10001111;
			 d4 = 8'b11001100;
			 end
		261: begin
			 d1 = 8'b01111110;
			 d2 = 8'b11001111;
			 d3 = 8'b10100100;
			 d4 = 8'b10100000;
			 end
		262: begin
			 d1 = 8'b01111110;
			 d2 = 8'b11001111;
			 d3 = 8'b10000110;
			 d4 = 8'b10000100;
			 end
		263: begin
			 d1 = 8'b01111110;
			 d2 = 8'b11001111;
			 d3 = 8'b10010010;
			 d4 = 8'b10010010;
			 end
		264: begin
			 d1 = 8'b01111110;
			 d2 = 8'b11001111;
			 d3 = 8'b10000001;
			 d4 = 8'b10100100;
			 end
		265: begin
			 d1 = 8'b01111110;
			 d2 = 8'b10000001;
			 d3 = 8'b10000000;
			 d4 = 8'b10001111;
			 end
		266: begin
			 d1 = 8'b01111110;
			 d2 = 8'b10000001;
			 d3 = 8'b10001111;
			 d4 = 8'b10000001;
			 end
		267: begin
			 d1 = 8'b01111110;
			 d2 = 8'b10000001;
			 d3 = 8'b10100100;
			 d4 = 8'b10010010;
			 end
		268: begin
			 d1 = 8'b01111110;
			 d2 = 8'b10000001;
			 d3 = 8'b10000110;
			 d4 = 8'b10100100;
			 end
		269: begin
			 d1 = 8'b01111110;
			 d2 = 8'b10000001;
			 d3 = 8'b11001111;
			 d4 = 8'b10001111;
			 end
		270: begin
			 d1 = 8'b00000001;
			 d2 = 8'b10000001;
			 d3 = 8'b10000001;
			 d4 = 8'b10000001;
			 end
		271: begin
			 d1 = 8'b00000001;
			 d2 = 8'b10000001;
			 d3 = 8'b11001111;
			 d4 = 8'b10001111;
			 end
		272: begin
			 d1 = 8'b00000001;
			 d2 = 8'b10000001;
			 d3 = 8'b10000110;
			 d4 = 8'b10100100;
			 end
		273: begin
			 d1 = 8'b00000001;
			 d2 = 8'b10000001;
			 d3 = 8'b10100100;
			 d4 = 8'b10010010;
			 end
		274: begin
			 d1 = 8'b00000001;
			 d2 = 8'b10000001;
			 d3 = 8'b10001111;
			 d4 = 8'b10000001;
			 end
		275: begin
			 d1 = 8'b00000001;
			 d2 = 8'b10000001;
			 d3 = 8'b10000000;
			 d4 = 8'b10001111;
			 end
		276: begin
			 d1 = 8'b00000001;
			 d2 = 8'b11001111;
			 d3 = 8'b10000001;
			 d4 = 8'b10100100;
			 end
		277: begin
			 d1 = 8'b00000001;
			 d2 = 8'b11001111;
			 d3 = 8'b10010010;
			 d4 = 8'b10010010;
			 end
		278: begin
			 d1 = 8'b00000001;
			 d2 = 8'b11001111;
			 d3 = 8'b10000110;
			 d4 = 8'b10000100;
			 end
		279: begin
			 d1 = 8'b00000001;
			 d2 = 8'b11001111;
			 d3 = 8'b10100100;
			 d4 = 8'b10100000;
			 end
		280: begin
			 d1 = 8'b00000001;
			 d2 = 8'b11001111;
			 d3 = 8'b10001111;
			 d4 = 8'b11001100;
			 end
		281: begin
			 d1 = 8'b00000001;
			 d2 = 8'b11001111;
			 d3 = 8'b10000100;
			 d4 = 8'b11001111;
			 end
		282: begin
			 d1 = 8'b00000001;
			 d2 = 8'b10010010;
			 d3 = 8'b10000001;
			 d4 = 8'b10000000;
			 end
		283: begin
			 d1 = 8'b00000001;
			 d2 = 8'b10010010;
			 d3 = 8'b10010010;
			 d4 = 8'b10100100;
			 end
		284: begin
			 d1 = 8'b00000001;
			 d2 = 8'b10010010;
			 d3 = 8'b11001100;
			 d4 = 8'b10010010;
			 end
		285: begin
			 d1 = 8'b00000001;
			 d2 = 8'b10010010;
			 d3 = 8'b10100100;
			 d4 = 8'b10000100;
			 end
		286: begin
			 d1 = 8'b00000001;
			 d2 = 8'b10010010;
			 d3 = 8'b10001111;
			 d4 = 8'b10100000;
			 end
		287: begin
			 d1 = 8'b00000001;
			 d2 = 8'b10010010;
			 d3 = 8'b10000100;
			 d4 = 8'b10010010;
			 end
		288: begin
			 d1 = 8'b00000001;
			 d2 = 8'b10000110;
			 d3 = 8'b10000001;
			 d4 = 8'b10000100;
			 end
		289: begin
			 d1 = 8'b00000001;
			 d2 = 8'b10000110;
			 d3 = 8'b10010010;
			 d4 = 8'b10100000;
			 end
		290: begin
			 d1 = 8'b00000001;
			 d2 = 8'b10000110;
			 d3 = 8'b11001100;
			 d4 = 8'b10010010;
			 end
		291: begin
			 d1 = 8'b00000001;
			 d2 = 8'b10000110;
			 d3 = 8'b10100100;
			 d4 = 8'b10000000;
			 end
		292: begin
			 d1 = 8'b00000001;
			 d2 = 8'b10000110;
			 d3 = 8'b10001111;
			 d4 = 8'b10100100;
			 end
		293: begin
			 d1 = 8'b00000001;
			 d2 = 8'b10000110;
			 d3 = 8'b10000100;
			 d4 = 8'b11001111;
			 end
		294: begin
			 d1 = 8'b00000001;
			 d2 = 8'b11001100;
			 d3 = 8'b10000001;
			 d4 = 8'b10001111;
			 end
		295: begin
			 d1 = 8'b00000001;
			 d2 = 8'b11001100;
			 d3 = 8'b10010010;
			 d4 = 8'b10000110;
			 end
		296: begin
			 d1 = 8'b00000001;
			 d2 = 8'b11001100;
			 d3 = 8'b10000110;
			 d4 = 8'b10000000;
			 end
		297: begin
			 d1 = 8'b00000001;
			 d2 = 8'b11001100;
			 d3 = 8'b10100100;
			 d4 = 8'b11001100;
			 end
		298: begin
			 d1 = 8'b00000001;
			 d2 = 8'b11001100;
			 d3 = 8'b10100000;
			 d4 = 8'b10000100;
			 end
		299: begin
			 d1 = 8'b00000001;
			 d2 = 8'b11001100;
			 d3 = 8'b10000000;
			 d4 = 8'b10100100;
			 end
		300: begin
			 d1 = 8'b00000001;
			 d2 = 8'b10100100;
			 d3 = 8'b10000001;
			 d4 = 8'b10000001;
			 end
		301: begin
			 d1 = 8'b00000001;
			 d2 = 8'b10100100;
			 d3 = 8'b11001111;
			 d4 = 8'b10100100;
			 end
		302: begin
			 d1 = 8'b00000001;
			 d2 = 8'b10100100;
			 d3 = 8'b10000110;
			 d4 = 8'b10000001;
			 end
		303: begin
			 d1 = 8'b00000001;
			 d2 = 8'b10100100;
			 d3 = 8'b11001100;
			 d4 = 8'b10100100;
			 end
		304: begin
			 d1 = 8'b00000001;
			 d2 = 8'b10100100;
			 d3 = 8'b10100100;
			 d4 = 8'b10000100;
			 end
		305: begin
			 d1 = 8'b00000001;
			 d2 = 8'b10100100;
			 d3 = 8'b10001111;
			 d4 = 8'b11001100;
			 end
		306: begin
			 d1 = 8'b00000001;
			 d2 = 8'b10100100;
			 d3 = 8'b10000000;
			 d4 = 8'b10000000;
			 end
		307: begin
			 d1 = 8'b00000001;
			 d2 = 8'b10100000;
			 d3 = 8'b10000001;
			 d4 = 8'b10010010;
			 end
		308: begin
			 d1 = 8'b00000001;
			 d2 = 8'b10100000;
			 d3 = 8'b11001111;
			 d4 = 8'b10100000;
			 end
		309: begin
			 d1 = 8'b00000001;
			 d2 = 8'b10100000;
			 d3 = 8'b10010010;
			 d4 = 8'b10000100;
			 end
		310: begin
			 d1 = 8'b00000001;
			 d2 = 8'b10100000;
			 d3 = 8'b11001100;
			 d4 = 8'b10000110;
			 end
		311: begin
			 d1 = 8'b00000001;
			 d2 = 8'b10100000;
			 d3 = 8'b10100100;
			 d4 = 8'b10100000;
			 end
		312: begin
			 d1 = 8'b00000001;
			 d2 = 8'b10100000;
			 d3 = 8'b10100000;
			 d4 = 8'b10000100;
			 end
		313: begin
			 d1 = 8'b00000001;
			 d2 = 8'b10100000;
			 d3 = 8'b10000000;
			 d4 = 8'b10010010;
			 end
		314: begin
			 d1 = 8'b00000001;
			 d2 = 8'b10100000;
			 d3 = 8'b10000100;
			 d4 = 8'b10100100;
			 end
		315: begin
			 d1 = 8'b00000001;
			 d2 = 8'b10001111;
			 d3 = 8'b10000001;
			 d4 = 8'b10001111;
			 end
		316: begin
			 d1 = 8'b00000001;
			 d2 = 8'b10001111;
			 d3 = 8'b11001111;
			 d4 = 8'b10000100;
			 end
		317: begin
			 d1 = 8'b00000001;
			 d2 = 8'b10001111;
			 d3 = 8'b10000110;
			 d4 = 8'b11001111;
			 end
		318: begin
			 d1 = 8'b00000001;
			 d2 = 8'b10001111;
			 d3 = 8'b11001100;
			 d4 = 8'b10000110;
			 end
		319: begin
			 d1 = 8'b00000001;
			 d2 = 8'b10001111;
			 d3 = 8'b10100100;
			 d4 = 8'b10100100;
			 end
		320: begin
			 d1 = 8'b00000001;
			 d2 = 8'b10001111;
			 d3 = 8'b10100000;
			 d4 = 8'b10100000;
			 end
		321: begin
			 d1 = 8'b00000001;
			 d2 = 8'b10001111;
			 d3 = 8'b10001111;
			 d4 = 8'b10001111;
			 end
		322: begin
			 d1 = 8'b00000001;
			 d2 = 8'b10001111;
			 d3 = 8'b10000000;
			 d4 = 8'b10000000;
			 end
		323: begin
			 d1 = 8'b00000001;
			 d2 = 8'b10001111;
			 d3 = 8'b10000100;
			 d4 = 8'b10000100;
			 end
		324: begin
			 d1 = 8'b00000001;
			 d2 = 8'b10000000;
			 d3 = 8'b10000001;
			 d4 = 8'b10000100;
			 end
		325: begin
			 d1 = 8'b00000001;
			 d2 = 8'b10000000;
			 d3 = 8'b11001111;
			 d4 = 8'b10000100;
			 end
		326: begin
			 d1 = 8'b00000001;
			 d2 = 8'b10000000;
			 d3 = 8'b10010010;
			 d4 = 8'b10000100;
			 end
		327: begin
			 d1 = 8'b00000001;
			 d2 = 8'b10000000;
			 d3 = 8'b10000110;
			 d4 = 8'b10000100;
			 end
		328: begin
			 d1 = 8'b00000001;
			 d2 = 8'b10000000;
			 d3 = 8'b11001100;
			 d4 = 8'b10000000;
			 end
		329: begin
			 d1 = 8'b00000001;
			 d2 = 8'b10000000;
			 d3 = 8'b10100100;
			 d4 = 8'b10001111;
			 end
		330: begin
			 d1 = 8'b00000001;
			 d2 = 8'b10000000;
			 d3 = 8'b10100000;
			 d4 = 8'b10100000;
			 end
		331: begin
			 d1 = 8'b00000001;
			 d2 = 8'b10000000;
			 d3 = 8'b10001111;
			 d4 = 8'b10100100;
			 end
		332: begin
			 d1 = 8'b00000001;
			 d2 = 8'b10000000;
			 d3 = 8'b10000000;
			 d4 = 8'b10000110;
			 end
		333: begin
			 d1 = 8'b00000001;
			 d2 = 8'b10000000;
			 d3 = 8'b10000100;
			 d4 = 8'b11001111;
			 end
		334: begin
			 d1 = 8'b00000001;
			 d2 = 8'b10000000;
			 d3 = 8'b10000100;
			 d4 = 8'b10000100;
			 end
		335: begin
			 d1 = 8'b00000001;
			 d2 = 8'b10000100;
			 d3 = 8'b10000001;
			 d4 = 8'b10100000;
			 end
		336: begin
			 d1 = 8'b00000001;
			 d2 = 8'b10000100;
			 d3 = 8'b11001111;
			 d4 = 8'b11001100;
			 end
		337: begin
			 d1 = 8'b00000001;
			 d2 = 8'b10000100;
			 d3 = 8'b10010010;
			 d4 = 8'b11001111;
			 end
		338: begin
			 d1 = 8'b00000001;
			 d2 = 8'b10000100;
			 d3 = 8'b10010010;
			 d4 = 8'b10001111;
			 end
		339: begin
			 d1 = 8'b00000001;
			 d2 = 8'b10000100;
			 d3 = 8'b10000110;
			 d4 = 8'b11001100;
			 end
		340: begin
			 d1 = 8'b00000001;
			 d2 = 8'b10000100;
			 d3 = 8'b11001100;
			 d4 = 8'b10000001;
			 end
		341: begin
			 d1 = 8'b00000001;
			 d2 = 8'b10000100;
			 d3 = 8'b11001100;
			 d4 = 8'b10100000;
			 end
		342: begin
			 d1 = 8'b00000001;
			 d2 = 8'b10000100;
			 d3 = 8'b10100100;
			 d4 = 8'b11001111;
			 end
		343: begin
			 d1 = 8'b00000001;
			 d2 = 8'b10000100;
			 d3 = 8'b10100100;
			 d4 = 8'b10100000;
			 end
		344: begin
			 d1 = 8'b00000001;
			 d2 = 8'b10000100;
			 d3 = 8'b10100000;
			 d4 = 8'b11001111;
			 end
		345: begin
			 d1 = 8'b00000001;
			 d2 = 8'b10000100;
			 d3 = 8'b10100000;
			 d4 = 8'b10100000;
			 end
		346: begin
			 d1 = 8'b00000001;
			 d2 = 8'b10000100;
			 d3 = 8'b10001111;
			 d4 = 8'b10000001;
			 end
		347: begin
			 d1 = 8'b00000001;
			 d2 = 8'b10000100;
			 d3 = 8'b10001111;
			 d4 = 8'b11001100;
			 end
		348: begin
			 d1 = 8'b00000001;
			 d2 = 8'b10000100;
			 d3 = 8'b10001111;
			 d4 = 8'b10000000;
			 end
		349: begin
			 d1 = 8'b00000001;
			 d2 = 8'b10000100;
			 d3 = 8'b10000000;
			 d4 = 8'b10010010;
			 end
		350: begin
			 d1 = 8'b00000001;
			 d2 = 8'b10000100;
			 d3 = 8'b10000000;
			 d4 = 8'b10100100;
			 end
		351: begin
			 d1 = 8'b00000001;
			 d2 = 8'b10000100;
			 d3 = 8'b10000000;
			 d4 = 8'b10000000;
			 end
		352: begin
			 d1 = 8'b00000001;
			 d2 = 8'b10000100;
			 d3 = 8'b10000100;
			 d4 = 8'b10000001;
			 end
		353: begin
			 d1 = 8'b00000001;
			 d2 = 8'b10000100;
			 d3 = 8'b10000100;
			 d4 = 8'b10000110;
			 end
		354: begin
			 d1 = 8'b00000001;
			 d2 = 8'b10000100;
			 d3 = 8'b10000100;
			 d4 = 8'b10100100;
			 end
		355: begin
			 d1 = 8'b00000001;
			 d2 = 8'b10000100;
			 d3 = 8'b10000100;
			 d4 = 8'b10100000;
			 end
		356: begin
			 d1 = 8'b00000001;
			 d2 = 8'b10000100;
			 d3 = 8'b10000100;
			 d4 = 8'b10000000;
			 end
		357: begin
			 d1 = 8'b00000001;
			 d2 = 8'b10000100;
			 d3 = 8'b10000100;
			 d4 = 8'b10000100;
			 end
		358: begin
			 d1 = 8'b00000001;
			 d2 = 8'b10000100;
			 d3 = 8'b10000100;
			 d4 = 8'b10000100;
			 end
		359: begin
			 d1 = 8'b01001111;
			 d2 = 8'b10000001;
			 d3 = 8'b10000001;
			 d4 = 8'b10000001;
			 end
		default: begin
			 d1 = 8'b01111111;
			 d2 = 8'b01111111;
			 d3 = 8'b01111111;
			 d4 = 8'b01111111;
			 end
		endcase
		end
endmodule